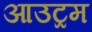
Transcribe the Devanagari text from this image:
आउट्रम